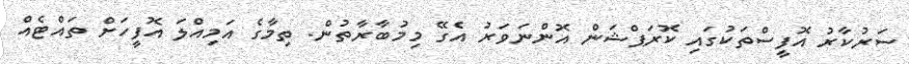
ސަރުކާރު އޮފީސްތަކުގައި ކޮރަޕްޝަން އޮންނަވަރު އެގޭ މިމުބާރާތުން. ތިމާގެ އަމިއްލަ އޮފީހަށް ތައްޓެއް